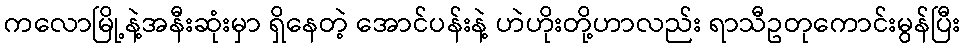
ကလောမြို့နဲ့အနီးဆုံးမှာ ရှိနေတဲ့ အောင်ပန်းနဲ့ ဟဲဟိုးတို့ဟာလည်း ရာသီဥတုကောင်းမွန်ပြီး